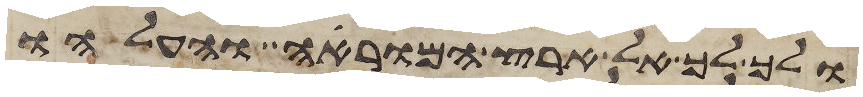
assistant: ולך לך אל ארץ המוראה והעלהו